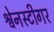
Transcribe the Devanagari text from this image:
श्वेनस्टीगर